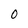
Character: O